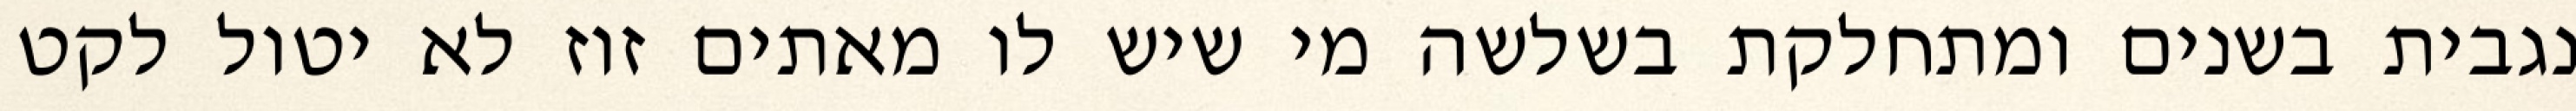
נגבית בשנים ומתחלקת בשלשה מי שיש לו מאתים זוז לא יטול לקט